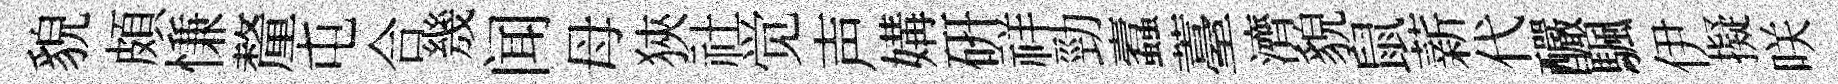
貌頗慊釐屯合㡬闻母狹社觉声媾研祥勁蠧薹濟貌鼠薪代釅颿伊擬咲